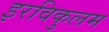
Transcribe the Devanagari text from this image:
इरविकुलम